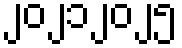
၂၀၂၁၂၀၂၅